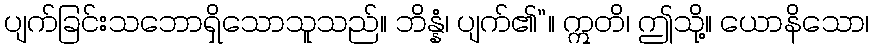
ပျက်ခြင်းသဘောရှိသောသူသည်။ ဘိန္နံ၊ ပျက်၏”။ ဣတိ၊ ဤသို့။ ယောနိသော၊